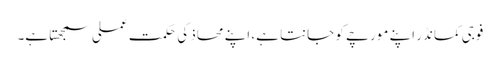
فوجی کمانڈر اپنے مورچے کو جانتا ہے، اپنے محاذ کی حکمت عملی سمجھتا ہے۔